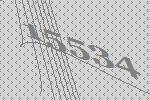
15534